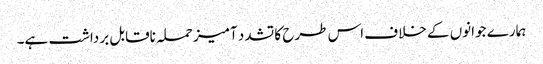
ہمارے جوانوں کے خلاف اس طرح کا تشدد آمیز حملہ ناقابل برداشت ہے۔